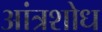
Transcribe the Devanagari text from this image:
आंत्रशोध